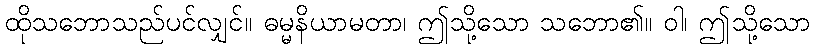
ထိုသဘောသည်ပင်လျှင်။ ဓမ္မနိယာမတာ၊ ဤသို့သော သဘော၏။ ဝါ၊ ဤသို့သော